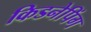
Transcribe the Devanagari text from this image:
किडनेपिंग